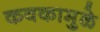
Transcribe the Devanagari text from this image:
कवकामुळे